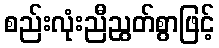
စည်းလုံးညီညွတ်စွာဖြင့်